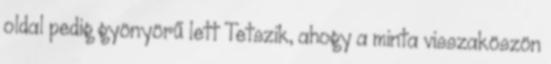
oldal pedig gyönyörű lett Tetszik, ahogy a minta visszaköszön